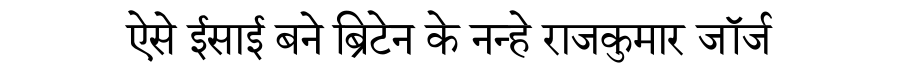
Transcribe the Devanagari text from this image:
ऐसे ईसाई बने ब्रिटेन के नन्हे राजकुमार जॉर्ज